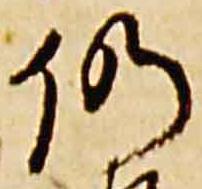
仍